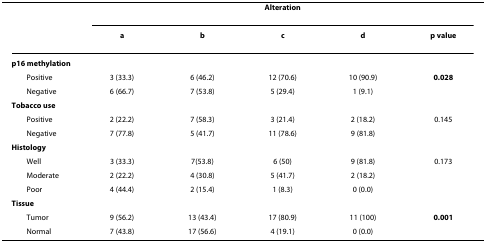
|  | <COLSPAN=5> Alteration |
 |  | a | b | c | d | p value |
 | --- | --- | --- | --- | --- | --- |
 | p16 methylation |  |  |  |  |  |
 | Positive | 3 (33.3) | 6 (46.2) | 12 (70.6) | 10 (90.9) | 0.028 |
 | Negative | 6 (66.7) | 7 (53.8) | 5 (29.4) | 1 (9.1) |  |
 | Tobacco use |  |  |  |  |  |
 | Positive | 2 (22.2) | 7 (58.3) | 3 (21.4) | 2 (18.2) | 0.145 |
 | Negative | 7 (77.8) | 5 (41.7) | 11 (78.6) | 9 (81.8) |  |
 | Histology |  |  |  |  |  |
 | Well | 3 (33.3) | 7(53.8) | 6 (50) | 9 (81.8) | 0.173 |
 | Moderate | 2 (22.2) | 4 (30.8) | 5 (41.7) | 2 (18.2) |  |
 | Poor | 4 (44.4) | 2 (15.4) | 1 (8.3) | 0 (0.0) |  |
 | Tissue |  |  |  |  |  |
 | Tumor | 9 (56.2) | 13 (43.4) | 17 (80.9) | 11 (100) | 0.001 |
 | Normal | 7 (43.8) | 17 (56.6) | 4 (19.1) | 0 (0.0) |  |